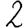
Digit: 2